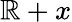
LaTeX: \mathbb{R}+x